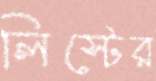
লিস্টের